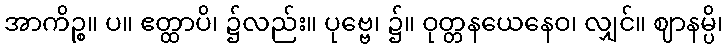
အာကိဉ္စ။ ပ။ ဧတ္ထာပိ၊ ၌လည်း။ ပုဗ္ဗေ၊ ၌။ ဝုတ္တနယေနေဝ၊ လျှင်။ ဈာနမ္ပိ၊